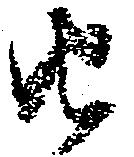
由